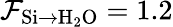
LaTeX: \mathcal{F}_{\mathrm{{Si}\rightarrow\mathrm{{H_{2}O}}}}=1.2